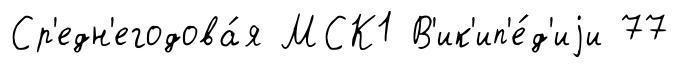
Ср'едн'егодова́я МСК1 В'ик'ип'е́д'иjи 77